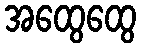
အထွေထွေ